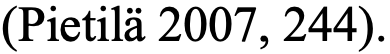
(Pietilä 2007, 244).